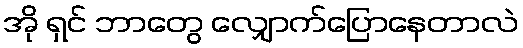
အို ရှင် ဘာတွေ လျှောက်ပြောနေတာလဲ